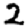
Digit: 2